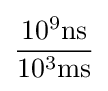
\mathrm {\frac {10^{9}ns}{10^{3}ms}}